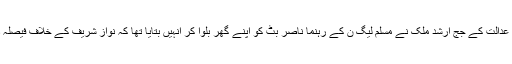
انہوں نے دعویٰ کیا تھا کہ احتساب عدالت کے جج ارشد ملک نے مسلم لیگ ن کے رہنما ناصر بٹ کو اپنے گھر بلوا کر انہیں بتایا تھا کہ نواز شریف کے خلاف فیصلہ دینے کے لیے انہیں مجبور کیا گیا۔